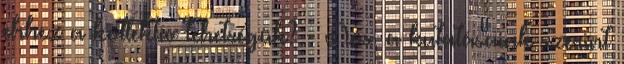
ehhez a kollektív tehetségük? - Nos, a kutatásaink szerint